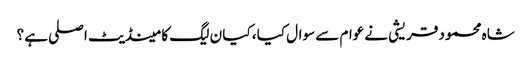
شاہ محمود قریشی نے عوام سے سوال کیا ، کیا ن لیگ کا مینڈیٹ اصلی ہے ؟